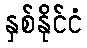
နှစ်နိုင်ငံ